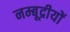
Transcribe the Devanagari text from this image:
नम्बूद्रीयों